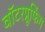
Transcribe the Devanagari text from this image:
वॉटरप्रूफिंग